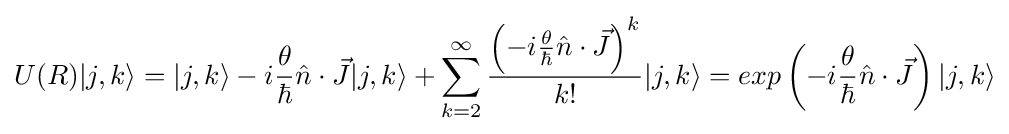
U(R)|j,k\rangle =|j,k\rangle -i{\frac {\theta }{\hbar }}{\hat {n}}\cdot {\vec {J}}|j,k\rangle +\sum _{k=2}^{\infty }{\frac {\left(-i{\frac {\theta }{\hbar }}{\hat {n}}\cdot {\vec {J}}\right)^{k}}{k!}}|j,k\rangle =exp\left({-i{\frac {\theta }{\hbar }}{\hat {n}}\cdot {\vec {J}}}\right)|j,k\rangle